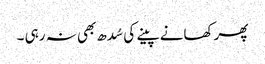
پھر کھانے پینے کی سُدھ بھی نہ رہی ۔